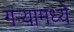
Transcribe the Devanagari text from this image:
गर्‍यामध्ये